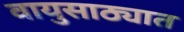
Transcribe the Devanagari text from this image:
वायुसाठ्यात